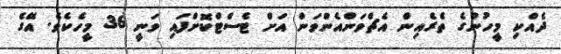
ދެއްކި މީހުންގެ ތެރެއިން އެޗްވަންއެންވަން އަށް ޓެސްޓްކޮށްފައި ވަނީ 36 މީހެކެވެ. އޭގެ